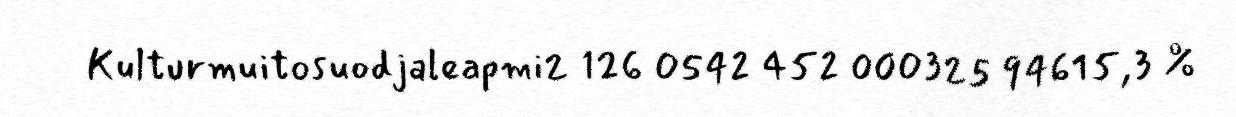
Kulturmuitosuodjaleapmi2 126 0542 452 000325 94615,3 %